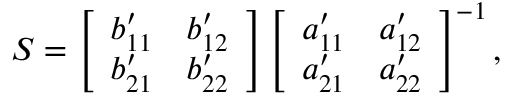
\boldsymbol { S } = \left[ \begin{array} { l l } { b _ { 1 1 } ^ { \prime } } & { b _ { 1 2 } ^ { \prime } } \\ { b _ { 2 1 } ^ { \prime } } & { b _ { 2 2 } ^ { \prime } } \end{array} \right] \left[ \begin{array} { l l } { a _ { 1 1 } ^ { \prime } } & { a _ { 1 2 } ^ { \prime } } \\ { a _ { 2 1 } ^ { \prime } } & { a _ { 2 2 } ^ { \prime } } \end{array} \right] ^ { - 1 } ,